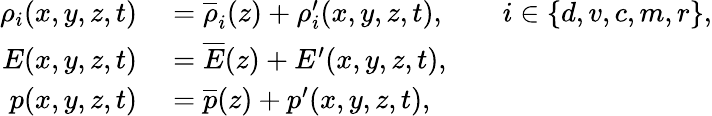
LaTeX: \begin{array}{rl}{\rho_{i}(x,y,z,t)}&{{}=\overline{{\rho}}_{i}(z)+\rho_{i}^{\prime}(x,y,z,t),\qquad i\in\{ d,v,c,m,r\} ,}\\ {E(x,y,z,t)}&{{}=\overline{{E}}(z)+{E}^{\prime}(x,y,z,t),}\\ {p(x,y,z,t)}&{{}=\overline{{p}}(z)+p^{\prime}(x,y,z,t),}\end{array}